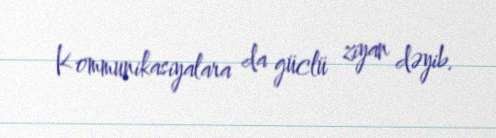
Kommunikasiyalara da güclü ziyan dəyib.